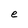
Character: e